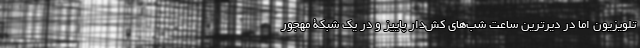
تلویزیون اما در دیرترین ساعت شب‌های کش‌دار پاییز و در یک شبکۀ مهجور